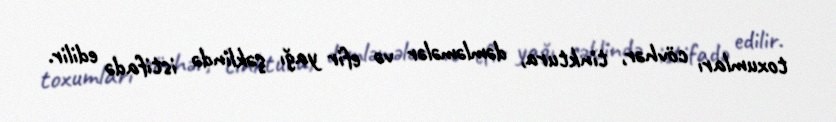
toxumları cövhər, tinktura, dəmləmələr və efir yağı şəklində istifadə edilir.